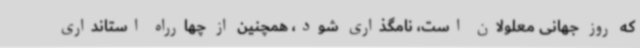
که روز جهانی معلولان است، نامگذاری شود، همچنین از چهارراه استانداری